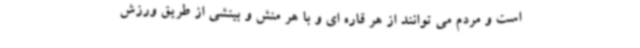
است و مردم می توانند از هر قاره ای و با هر منش و بینشی از طریق ورزش